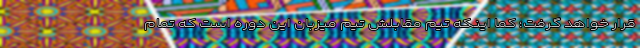
قرار خواهد گرفت؛ کما اینکه تیم مقابلش تیم میزبان این دوره است که تمام